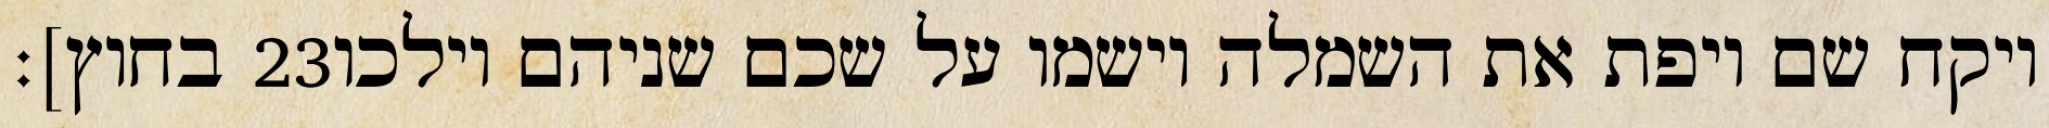
בחוץ]׃ ‎23‏ ויקח שם ויפת את השמלה וישמו על שכם שניהם וילכו